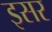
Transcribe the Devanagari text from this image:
इसर